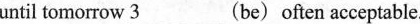
until tomorrow \underline{3}(be)often acceptable.